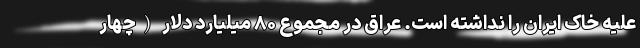
علیه خاک ایران را نداشته است. عراق در مجموع ۸۰ میلیارد دلار (چهار